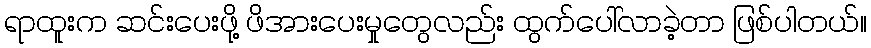
ရာထူးက ဆင်းပေးဖို့ ဖိအားပေးမှုတွေလည်း ထွက်ပေါ်လာခဲ့တာ ဖြစ်ပါတယ်။